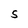
Character: S